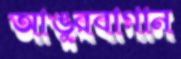
আঙুরবাগান